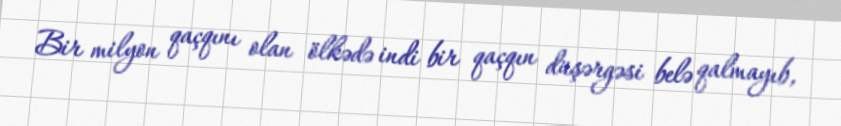
Bir milyon qaçqını olan ölkədə indi bir qaçqın düşərgəsi belə qalmayıb,